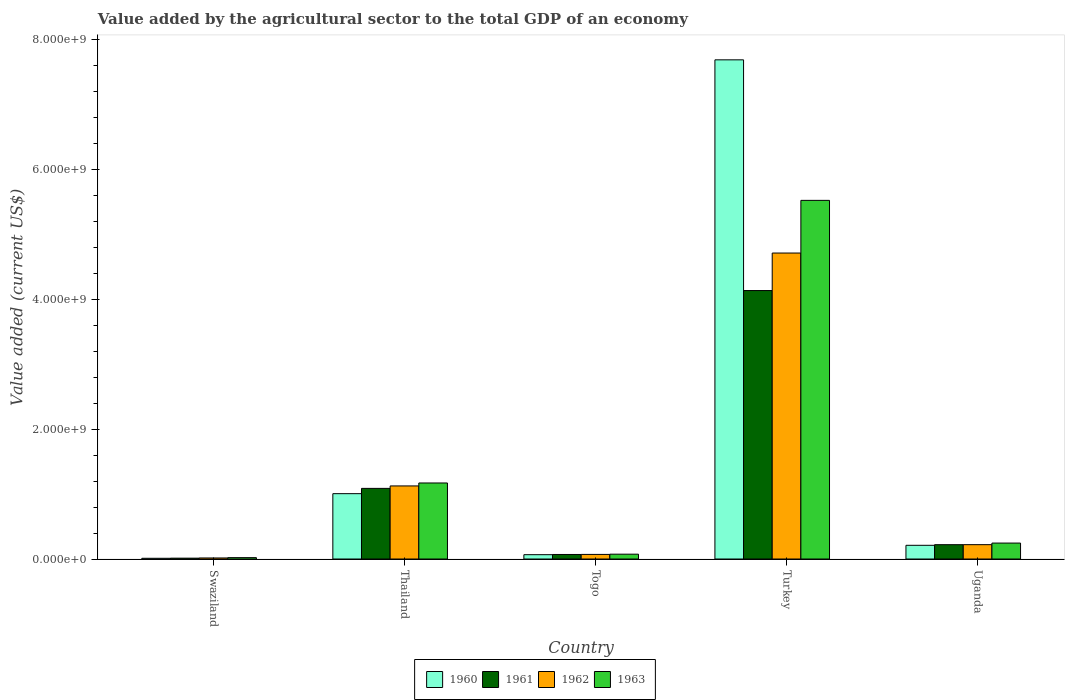
| Country | 1960 | 1961 | 1962 | 1963 |
 | --- | --- | --- | --- | --- |
 | Swaziland | 1.11e+07 | 1.3e+07 | 1.6e+07 | 2.1e+07 |
 | Thailand | 1.01e+09 | 1.09e+09 | 1.13e+09 | 1.17e+09 |
 | Togo | 6.65e+07 | 6.97e+07 | 7.06e+07 | 7.43e+07 |
 | Turkey | 7.69e+09 | 4.13e+09 | 4.71e+09 | 5.52e+09 |
 | Uganda | 2.11e+08 | 2.2e+08 | 2.21e+08 | 2.45e+08 |